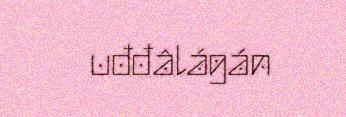
uđđâlágán